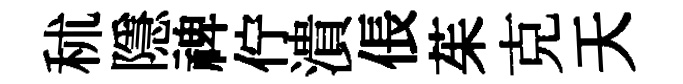
秫隱禆佇潰倀茱克天